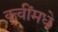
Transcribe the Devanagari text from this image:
कवींमधे